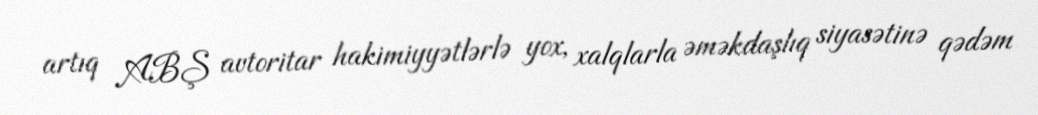
artıq ABŞ avtoritar hakimiyyətlərlə yox, xalqlarla əməkdaşlıq siyasətinə qədəm